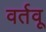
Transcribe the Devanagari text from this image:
वर्तवू